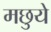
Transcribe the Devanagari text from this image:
मछुये